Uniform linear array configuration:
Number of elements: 4
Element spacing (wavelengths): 0.75
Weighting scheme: hamming
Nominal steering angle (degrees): -45
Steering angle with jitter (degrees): -45.56
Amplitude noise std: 0.05
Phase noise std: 0.05

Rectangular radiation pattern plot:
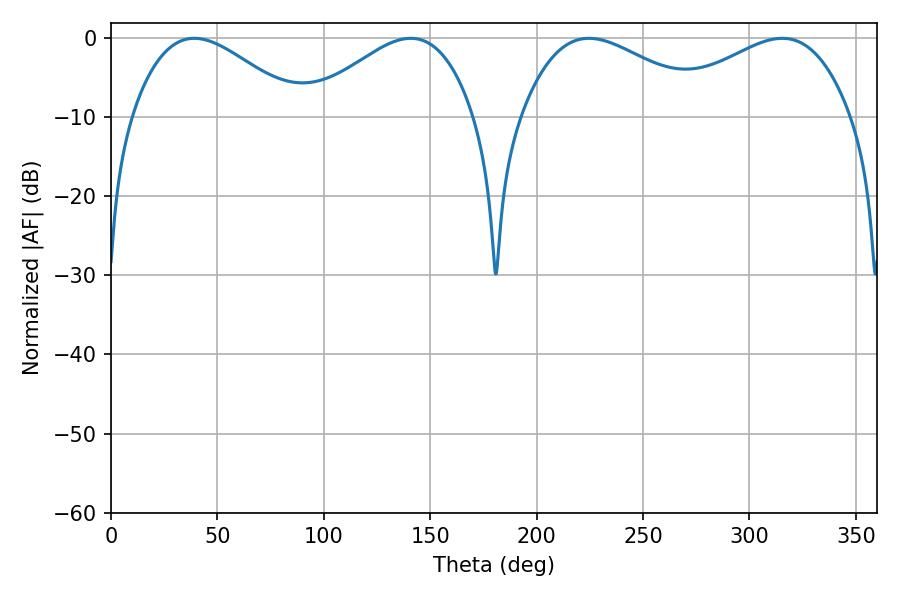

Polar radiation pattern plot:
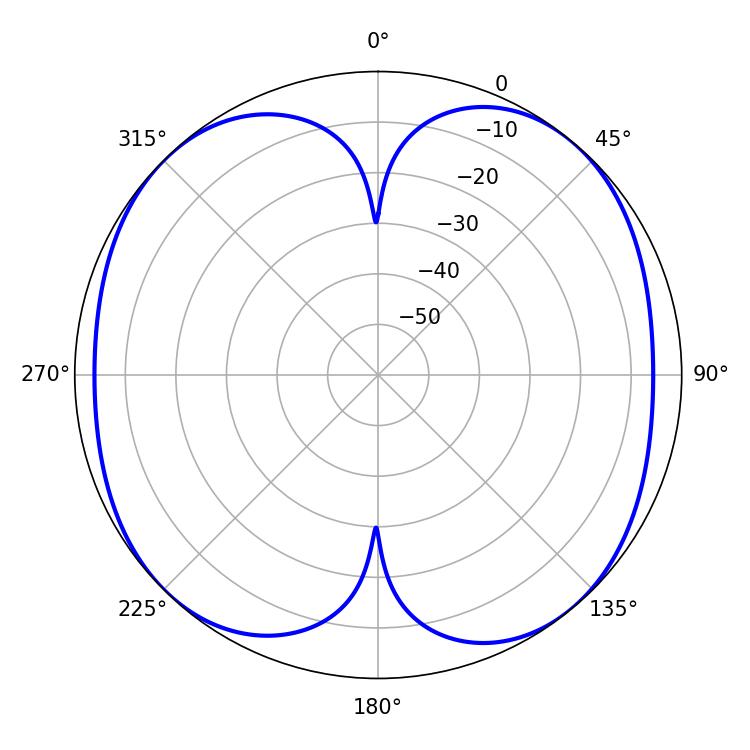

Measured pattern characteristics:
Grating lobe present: TRUE
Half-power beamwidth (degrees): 48.96
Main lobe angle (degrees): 315.36